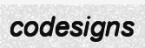
codesigns